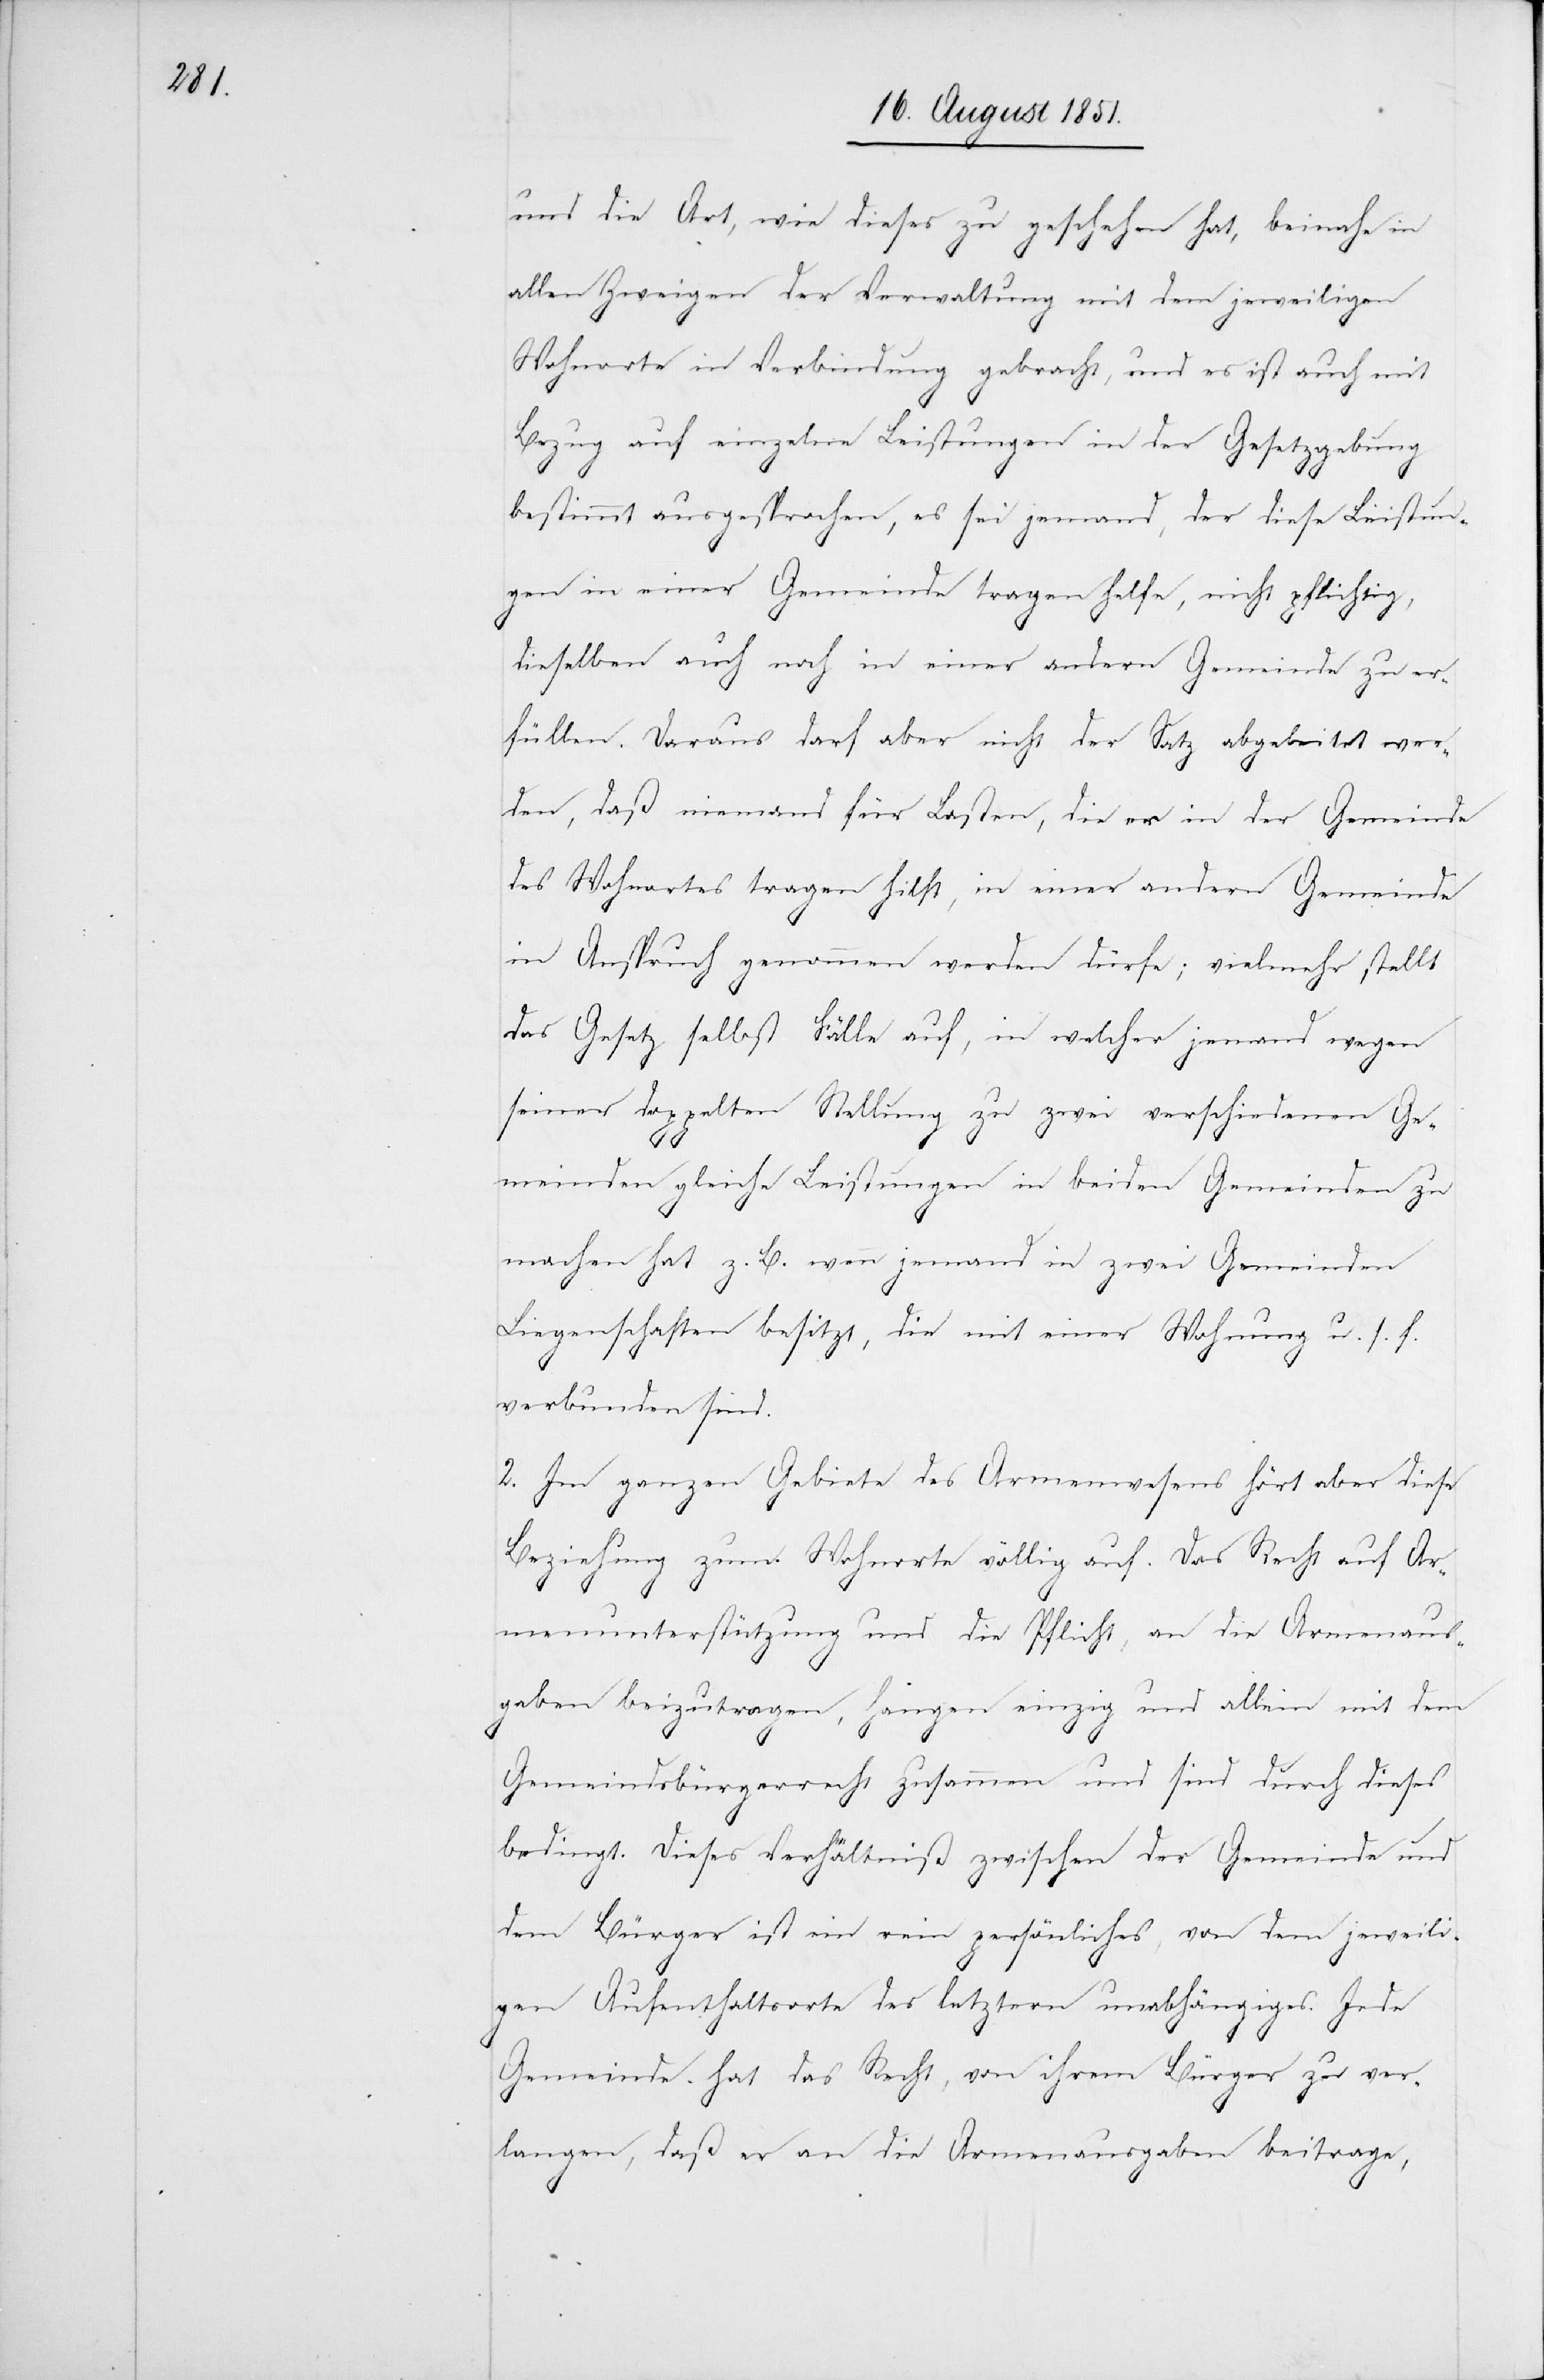
und die Art, wie dieses zu geschehen hat, beinahe in
allen Zweigen der Verwaltung mit dem jeweiligen
Wohnorte in Verbindung gebracht, und es ist auch mit
Bezug auf einzelne Leistungen in der Gesetzgebung
bestimmt ausgesprochen, es sei jemand, der diese Leistun¬
gen in einer Gemeinde tragen helfe, nicht pflichtig,
dieselben auch noch in einer andern Gemeinde zu er¬
füllen. Daraus darf aber nicht der Satz abgeleitet wer¬
den, daß niemand für Lasten, die er in der Gemeinde
des Wohnortes tragen hilft, in einer andern Gemeinde
in Anspruch genommen werden dürfe; vielmehr stellt
das Gesetz selbst Fälle auf, in welcher [sic!] jemand wegen
seiner doppelten Stellung zu zwei verschiedenen Ge¬
meinden gleiche Leistungen in beiden Gemeinden zu
machen hat z. B. wenn jemand in zwei Gemeinden
Liegenschaften besitzt, die mit einer Wohnung u. s. f.
verbunden sind.
2. Im ganzen Gebiete des Armenwesens hört aber diese
Beziehung zum Wohnorte völlig auf. Das Recht auf Ar¬
menunterstützung und die Pflicht, an die Armenaus¬
gaben beizutragen, hangen einzig und allein mit dem
Gemeindsbürgerrecht zusammen und sind durch dieses
bedingt. Dieses Verhältniß zwischen der Gemeinde und
dem Bürger ist ein rein persönliches, von dem jeweili¬
gen Aufenthaltsorte des letztern unabhängiges. Jede
Gemeinde hat das Recht, von ihrem Bürger zu ver¬
langen, daß er an die Armenausgaben beitrage,